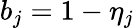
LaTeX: b_{j}=1-\eta_{j}